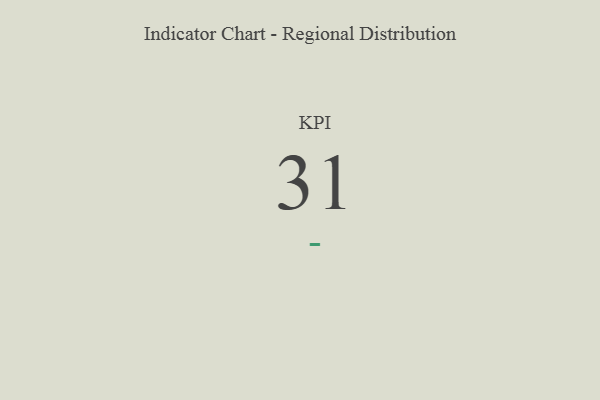
{"axis": {"x": "KPI", "y": "Value"}, "legend": [""], "data": [{"x": "KPI", "y": 31, "type": ""}]}